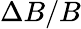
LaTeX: \Delta B/B